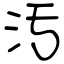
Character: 汚